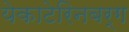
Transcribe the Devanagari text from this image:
येकाटेरिनबर्ग